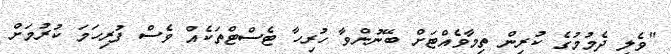
"ވެލި ދެމުމުގެ ކުރިން ތިމާވެއްޓަށް ބޭނުންވާ ހުރިހާ ޓެސްޓްތަކެއް ވެސް ފުރިހަމަ ކުރުމަށް